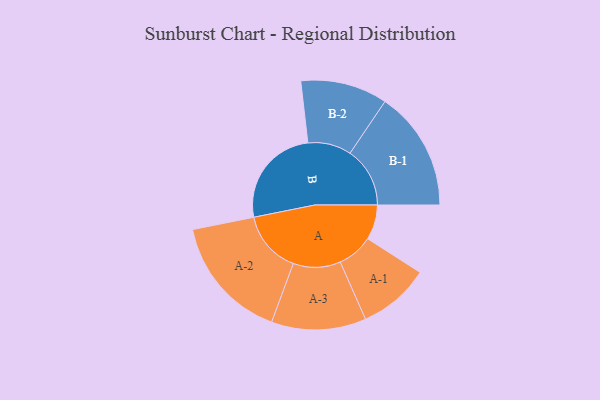
{"axis": {"x": "Segment", "y": "Value"}, "legend": ["", "A", "B"], "data": [{"x": "A", "y": 164, "type": ""}, {"x": "B", "y": 476, "type": ""}, {"x": "A-1", "y": 168, "type": "A"}, {"x": "A-2", "y": 293, "type": "A"}, {"x": "A-3", "y": 222, "type": "A"}, {"x": "B-1", "y": 281, "type": "B"}, {"x": "B-2", "y": 204, "type": "B"}]}